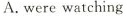
A.were watching